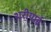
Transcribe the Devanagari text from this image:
शरीयाई